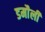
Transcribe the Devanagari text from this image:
डमाैली